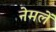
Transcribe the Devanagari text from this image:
नेमलें